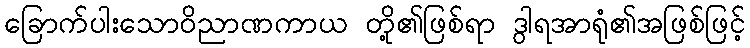
ခြောက်ပါးသောဝိညာဏကာယ တို့၏ဖြစ်ရာ ဒွါရအာရုံ၏အဖြစ်ဖြင့်